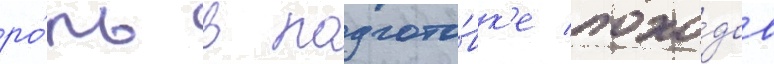
ро́ль в подгото́вк'е похо́дов